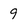
Character: 9